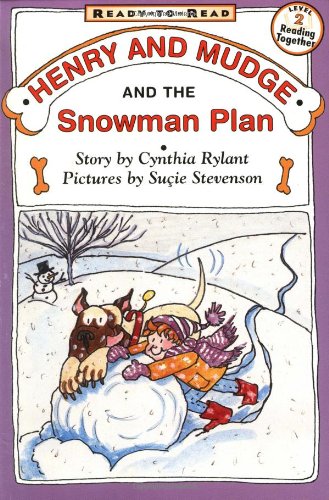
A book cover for Henry And Mudge And The Snowman Plan; Cynthia Rylant; Children's Books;